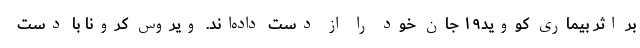
بر اثر بیماری کووید۱۹ جان خود را از دست داده‌اند. ویروس کرونا با دست